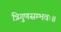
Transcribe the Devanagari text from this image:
त्रिगुणसम्भवः॥